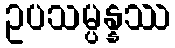
ဥပသမ္ပန္နဿ